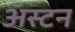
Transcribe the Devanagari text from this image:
अॅस्टन